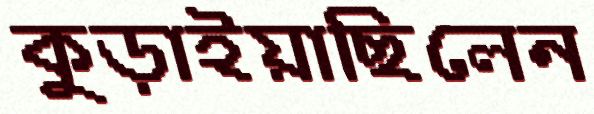
কুড়াইয়াছিলেন